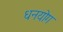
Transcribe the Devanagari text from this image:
धनयोग